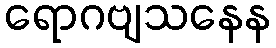
ရောဂဗျသနေန